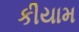
કીયામ